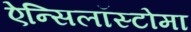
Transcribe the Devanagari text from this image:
ऐन्सिलॉस्टोमा